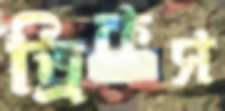
ড্রিকস